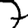
Digit: 7